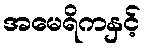
အမေရိကနှင့်